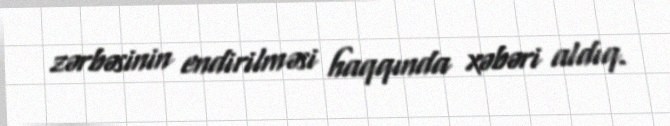
zərbəsinin endirilməsi haqqında xəbəri aldıq.